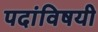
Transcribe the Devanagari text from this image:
पदांविषयी